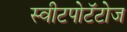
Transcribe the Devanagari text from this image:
स्वीटपोटॅटोज